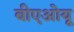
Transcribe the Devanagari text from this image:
बीएओयू